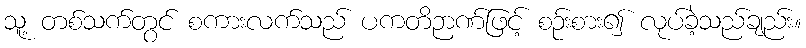
သူ့ တစ်သက်တွင် စကားလက်သည် ပကတိဉာဏ်ဖြင့် စဉ်းစား၍ လုပ်ခဲ့သည်ချည်း။